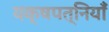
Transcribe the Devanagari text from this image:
यक्षपत्नियाँ